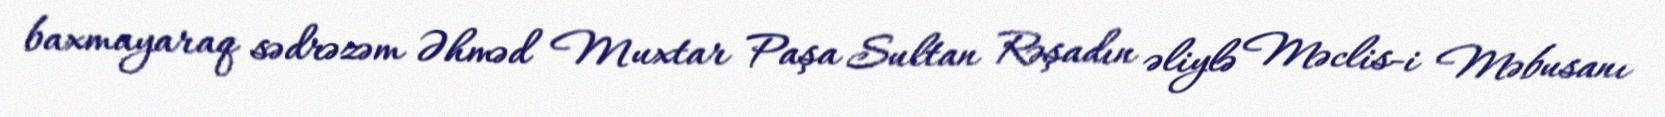
baxmayaraq sədrəzəm Əhməd Muxtar Paşa Sultan Rəşadın əliylə Məclis-i Məbusanı